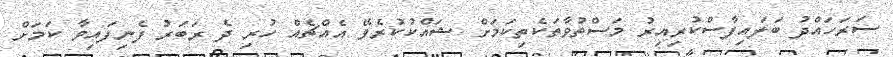
ސަރަހައްދު ބަލައިފާސްކުރިއިރު މަސްތުވާތަކެތިކަމަށް ޝައްކުކުރެވޭ އެއްޗެއް ހުރި ދެ ރަބަރު ފެނިފައިވާ ކަމަށް